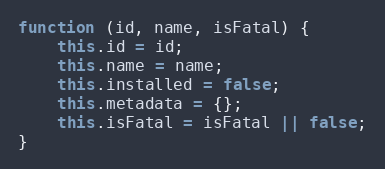
Language: JavaScript
function (id, name, isFatal) {
    this.id = id;
    this.name = name;
    this.installed = false;
    this.metadata = {};
    this.isFatal = isFatal || false;
}